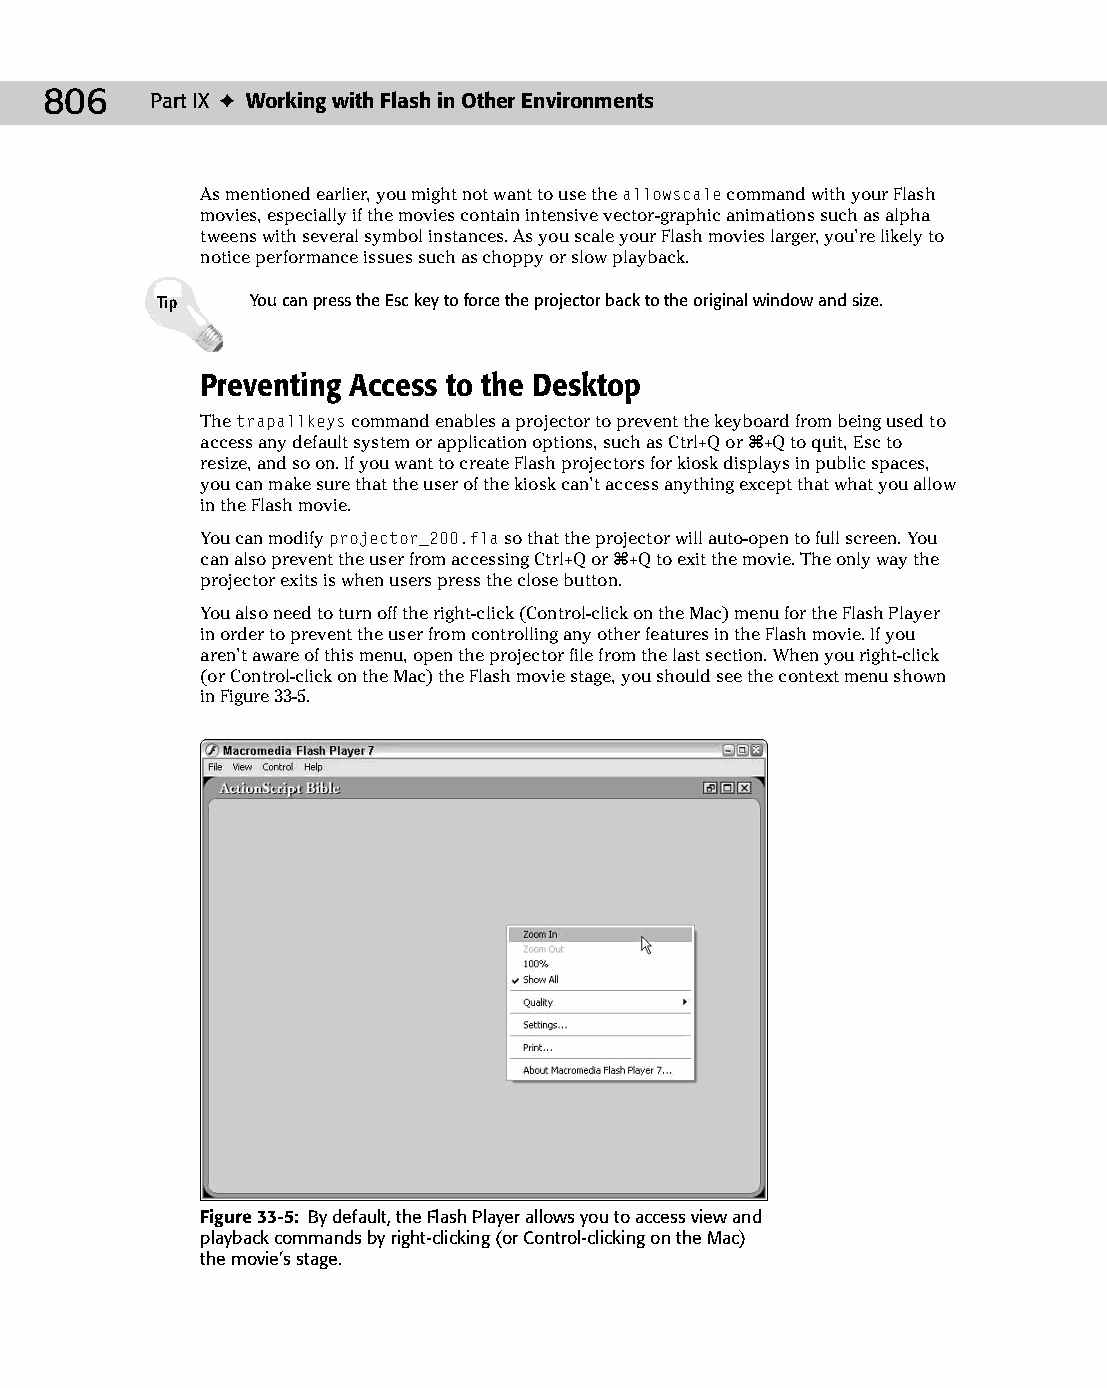
43 543547 ch33.qxd 3/24/04 4:16 PM Page 806
 806    Part IX ✦ Working with Flash in Other Environments
 As mentioned earlier, you might not want to use the allowscale command with your Flash
 movies, especially if the movies contain intensive vector-graphic animations such as alpha
 tweens with several symbol instances. As you scale your Flash movies larger, you’re likely to
 notice performance issues such as choppy or slow playback.
 Tip    You can press the Esc key to force the projector back to the original window and size.
 Preventing Access to the Desktop
 The trapallkeys command enables a projector to prevent the keyboard from being used to
 access any default system or application options, such as Ctrl+Q or Ô+Q to quit, Esc to
 resize, and so on. If you want to create Flash projectors for kiosk displays in public spaces,
 you can make sure that the user of the kiosk can’t access anything except that what you allow
 in the Flash movie.
 You can modify projector_200.fla so that the projector will auto-open to full screen. You
 can also prevent the user from accessing Ctrl+Q or Ô+Q to exit the movie. The only way the
 projector exits is when users press the close button.
 You also need to turn off the right-click (Control-click on the Mac) menu for the Flash Player
 in order to prevent the user from controlling any other features in the Flash movie. If you
 aren’t aware of this menu, open the projector file from the last section. When you right-click
 (or Control-click on the Mac) the Flash movie stage, you should see the context menu shown
 in Figure 33-5.
 Figure 33-5: By default, the Flash Player allows you to access view and
 playback commands by right-clicking (or Control-clicking on the Mac)
 the movie’s stage.